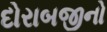
દોરાબજીનો